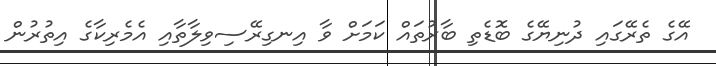
އޭގެ ތެރޭގައި ދުނިޔޭގެ ބޮޑެތި ބާރުތައް ކަމަށް ވާ އިނގިރޭސިވިލާތާއި އެމެރިކާގެ އިތުރުން